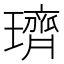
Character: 璾